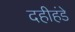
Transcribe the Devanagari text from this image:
दहीहंडे